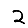
Digit: 2